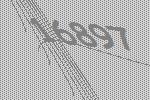
16897